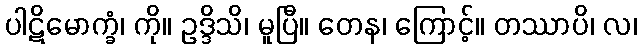
ပါဋိမောက္ခံ၊ ကို။ ဥဒ္ဒိသိ၊ မူပြီ။ တေန၊ ကြောင့်။ တဿာပိ၊ လ၊